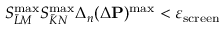
S _ { \bar { L } M } ^ { \mathrm { m a x } } S _ { \bar { K } N } ^ { \mathrm { m a x } } \Delta _ { n } ( \Delta { \bf P } ) ^ { \mathrm { m a x } } < \varepsilon _ { \mathrm { s c r e e n } }